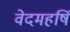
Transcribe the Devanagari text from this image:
वेदमहर्षि